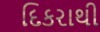
દિકરાથી